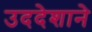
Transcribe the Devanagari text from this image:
उददेशाने